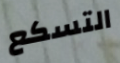
التسكع